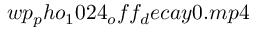
w p _ { p } h o _ { 1 } 0 2 4 _ { o } f f _ { d } e c a y 0 . m p 4